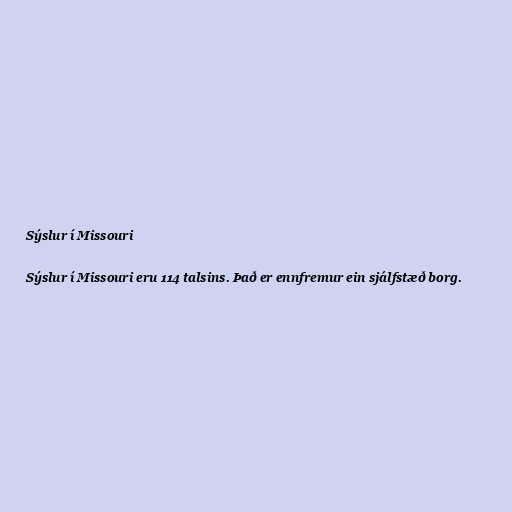
Sýslur í Missouri

Sýslur í Missouri eru 114 talsins. Það er ennfremur ein sjálfstæð borg.